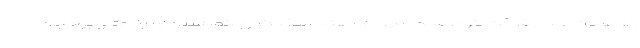
در صحن علنی قرائت کرد. محمدمهدی مفتح سخنگوی کمیسیون برنامه و بودجه